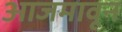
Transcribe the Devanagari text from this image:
आजमावून